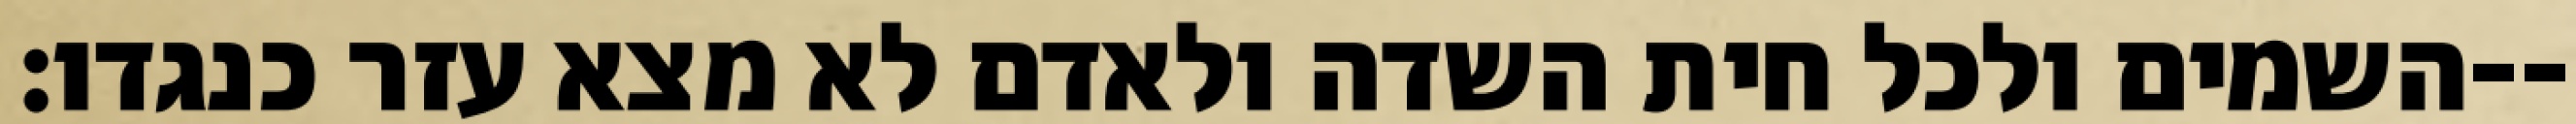
השמים ולכל חית השדה ולאדם לא מצא עזר כנגדו׃--